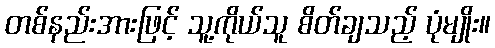
တစ်နည်းအားဖြင့် သူ့ကိုယ်သူ စိတ်ချသည့် ပုံမျိုး။